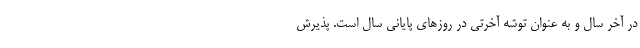
در آخر سال و به عنوان توشه آخرتی در روزهای پایانی سال است. پذیرش